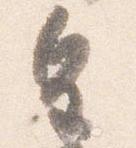
皇